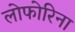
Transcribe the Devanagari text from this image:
लोफोरिना